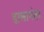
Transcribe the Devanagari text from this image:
हालानंतर